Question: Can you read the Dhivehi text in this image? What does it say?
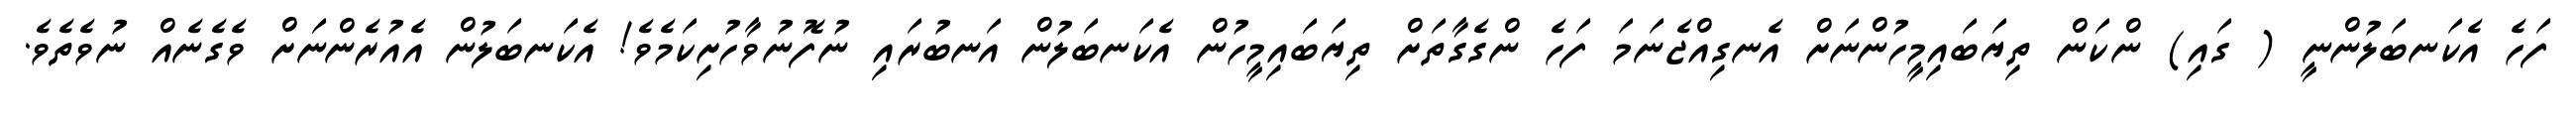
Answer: ފަހެ އެކަނބަލުންނީ ( ގައި) ންކަން ތިޔަބައިމީހުންނަށް އެނގިއްޖެނަމަ ފަހެ ންގެގާތަށް ތިޔަބައިމީހުން އެކަނބަލުން އަނބުރައި ނުފޮނުވާހުށިކަމެވެ! އެކަނބަލުން އެއުރެންނަށް ވެގެނެއް ނުވެތެވެ.